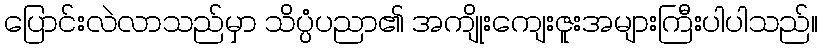
ပြောင်းလဲလာသည်မှာ သိပ္ပံပညာ၏ အကျိုးကျေးဇူးအများကြီးပါပါသည်။